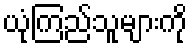
ယုံကြည်သူများကို